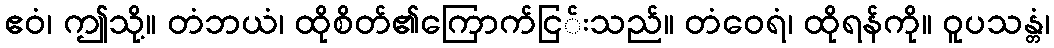
ဧဝံ၊ ဤသို့။ တံဘယံ၊ ထိုစိတ်၏ကြောက်ငြ်းသည်။ တံဝေရံ၊ ထိုရန်ကို။ ဝူပသန္တံ၊